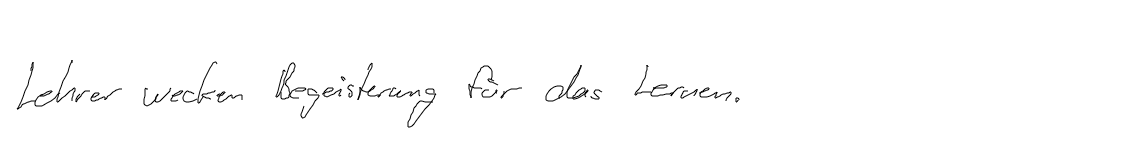
Lehrer wecken Begeisterung für das Lernen.